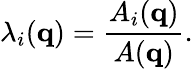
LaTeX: \lambda_{i}({\mathbf q})=\frac{A_{i}({\mathbf q})}{A({\mathbf q})}.